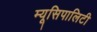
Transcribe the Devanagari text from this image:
म्यूसिपालिटी